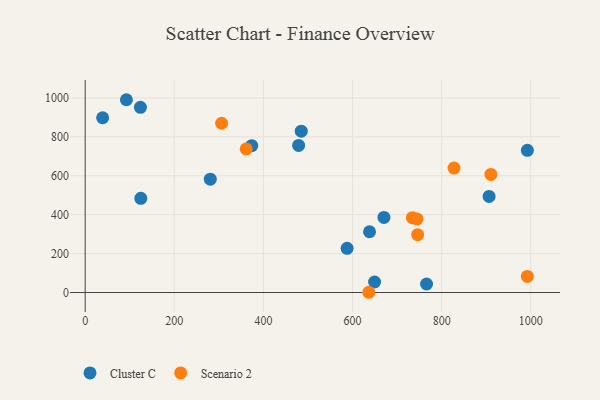
{"axis": {"x": "Experience", "y": "Profit"}, "legend": ["Cluster C", "Scenario 2"], "data": [{"x": "124.9", "y": 483.9, "type": "Cluster C"}, {"x": "670.5", "y": 386.0, "type": "Cluster C"}, {"x": "124.0", "y": 951.5, "type": "Cluster C"}, {"x": "373.8", "y": 754.7, "type": "Cluster C"}, {"x": "649.4", "y": 54.2, "type": "Cluster C"}, {"x": "992.3", "y": 730.7, "type": "Cluster C"}, {"x": "484.9", "y": 829.0, "type": "Cluster C"}, {"x": "587.8", "y": 226.9, "type": "Cluster C"}, {"x": "766.1", "y": 43.9, "type": "Cluster C"}, {"x": "906.4", "y": 494.0, "type": "Cluster C"}, {"x": "280.8", "y": 582.2, "type": "Cluster C"}, {"x": "479.0", "y": 756.1, "type": "Cluster C"}, {"x": "39.2", "y": 898.1, "type": "Cluster C"}, {"x": "92.6", "y": 990.7, "type": "Cluster C"}, {"x": "638.1", "y": 312.4, "type": "Cluster C"}, {"x": "827.7", "y": 639.5, "type": "Scenario 2"}, {"x": "746.1", "y": 297.1, "type": "Scenario 2"}, {"x": "992.2", "y": 82.8, "type": "Scenario 2"}, {"x": "636.5", "y": 1.3, "type": "Scenario 2"}, {"x": "361.4", "y": 738.1, "type": "Scenario 2"}, {"x": "744.6", "y": 378.0, "type": "Scenario 2"}, {"x": "910.5", "y": 607.1, "type": "Scenario 2"}, {"x": "306.2", "y": 869.7, "type": "Scenario 2"}, {"x": "734.3", "y": 384.5, "type": "Scenario 2"}]}